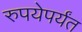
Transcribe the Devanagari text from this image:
रुपयेपर्यंत